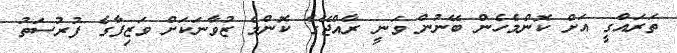
ތަރައްގީ އަށް ކޮންމެހެން ބޭނުން ވަނީ ރާއްޖޭގެ ކޮންމެ ޒުވާނަކަށް ވަޒިފާގެ ފުރުސަތު